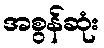
အစွန်ဆုံး